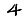
Digit: 4